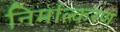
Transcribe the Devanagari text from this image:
निर्माल्करण